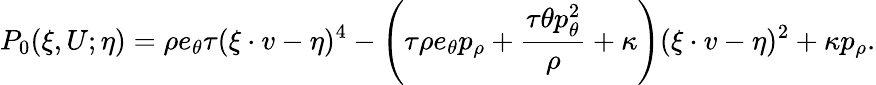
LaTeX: P_{0}(\xi,U;\eta)=\rho e_{\theta}\tau(\xi\cdot v-\eta)^{4}-\left(\tau\rho e_{\theta}p_{\rho}+\frac{\tau\theta p_{\theta}^{2}}{\rho}+\kappa\right)(\xi\cdot v-\eta)^{2}+\kappa p_{\rho}.